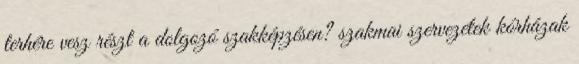
terhére vesz részt a dolgozó szakképzésen? szakmai szervezetek kórházak